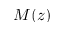
M ( z )